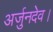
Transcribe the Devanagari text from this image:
अर्जुनदेव।